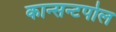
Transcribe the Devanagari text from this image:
कान्सन्टपोल